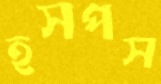
হসপস